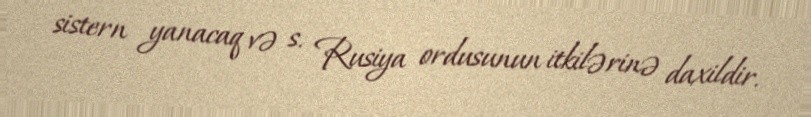
sistern yanacaq və s. Rusiya ordusunun itkilərinə daxildir.